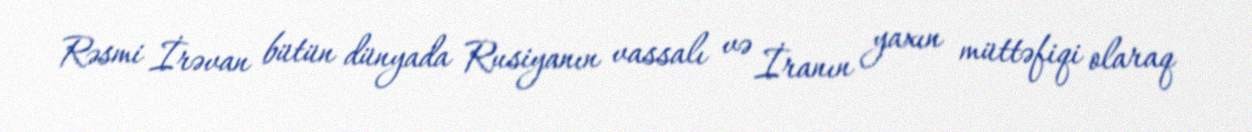
Rəsmi İrəvan bütün dünyada Rusiyanın vassalı və İranın yaxın müttəfiqi olaraq